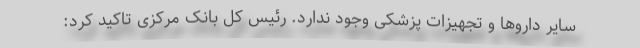
سایر داروها و تجهیزات پزشکی وجود ندارد. رئیس کل بانک مرکزی تاکید کرد: